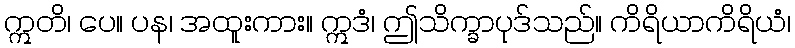
ဣတိ၊ ပေ။ ပန၊ အထူးကား။ ဣဒံ၊ ဤသိက္ခာပုဒ်သည်။ ကိရိယာကိရိယံ၊